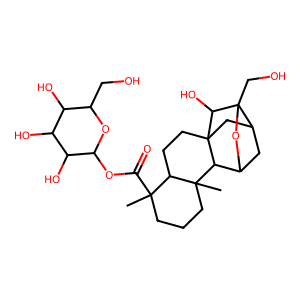
SMILES: CC1(C(=O)OC2OC(CO)C(O)C(O)C2O)CCCC2(C)C1CCC13CC4CC(OC4(CO)C1O)C23
Inhibits HIV replication: No